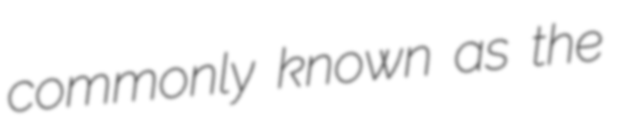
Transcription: commonly known as the